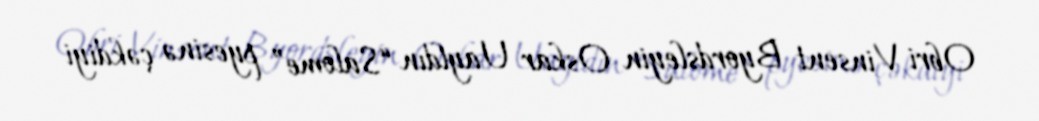
Obri Vinsent Byordsleyin Oskar Uayldın “Salome” pyesinə çəkdiyi